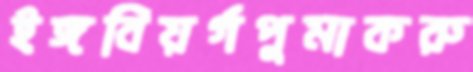
ইঙ্গবিয়র্গপুমাকরু